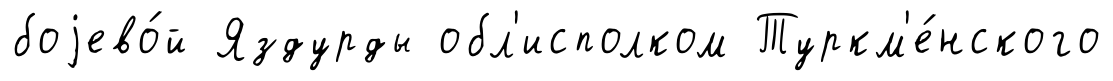
боjево́й Яздурды обл'исполком Туркм'е́нского